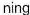
ning